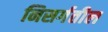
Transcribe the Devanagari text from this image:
निसर्गतील